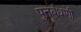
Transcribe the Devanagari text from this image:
पुनर्बंधणी